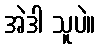
အဲဒါ သူပဲ။